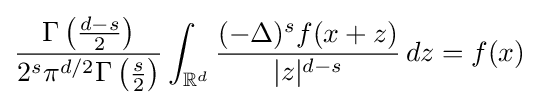
{\frac {\Gamma \left({\frac {d-s}{2}}\right)}{2^{s}\pi ^{d/2}\Gamma \left({\frac {s}{2}}\right)}}\int _{\mathbb {R} ^{d}}{\frac {(-\Delta )^{s}f(x+z)}{|z|^{d-s}}}\,dz=f(x)